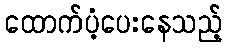
ထောက်ပံ့ပေးနေသည့်